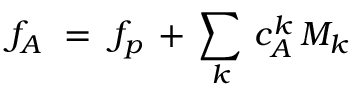
f _ { A } \ = \ f _ { p } \, + \, \sum _ { k } \, c _ { A } ^ { k } \, M _ { k }